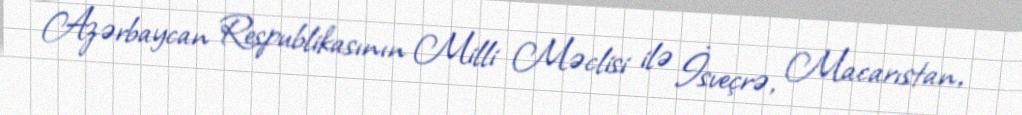
Azərbaycan Respublikasının Milli Məclisi ilə İsveçrə, Macarıstan,